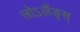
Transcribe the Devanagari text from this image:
लोऽलैंड्स्